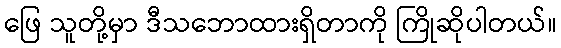
ဖြေ သူတို့မှာ ဒီသဘောထားရှိတာကို ကြိုဆိုပါတယ်။